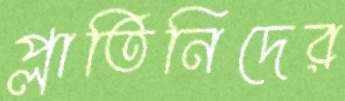
প্লাতিনিদের